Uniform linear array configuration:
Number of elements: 32
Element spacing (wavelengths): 0.5
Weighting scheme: hamming
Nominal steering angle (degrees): -30
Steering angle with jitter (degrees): -31.686
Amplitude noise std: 0.05
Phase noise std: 0.05

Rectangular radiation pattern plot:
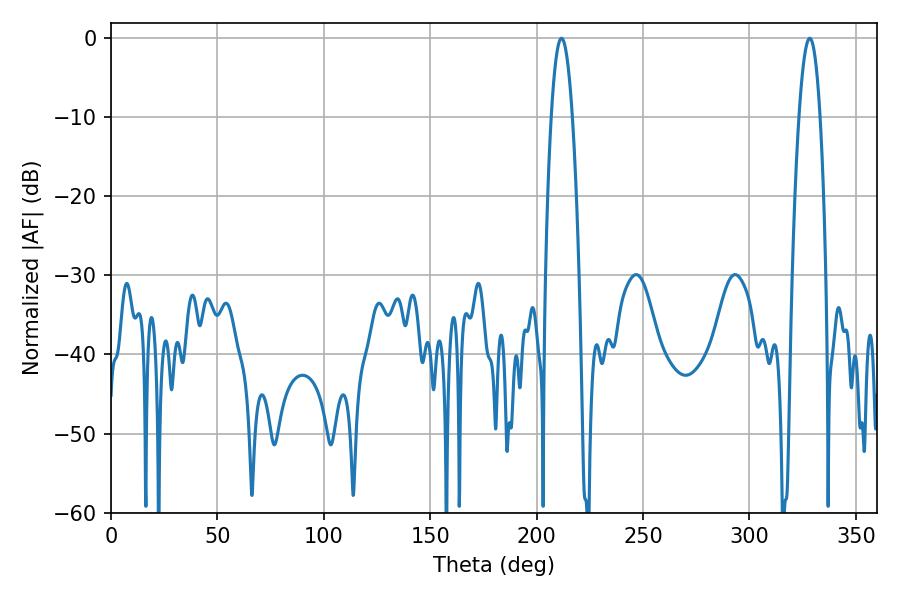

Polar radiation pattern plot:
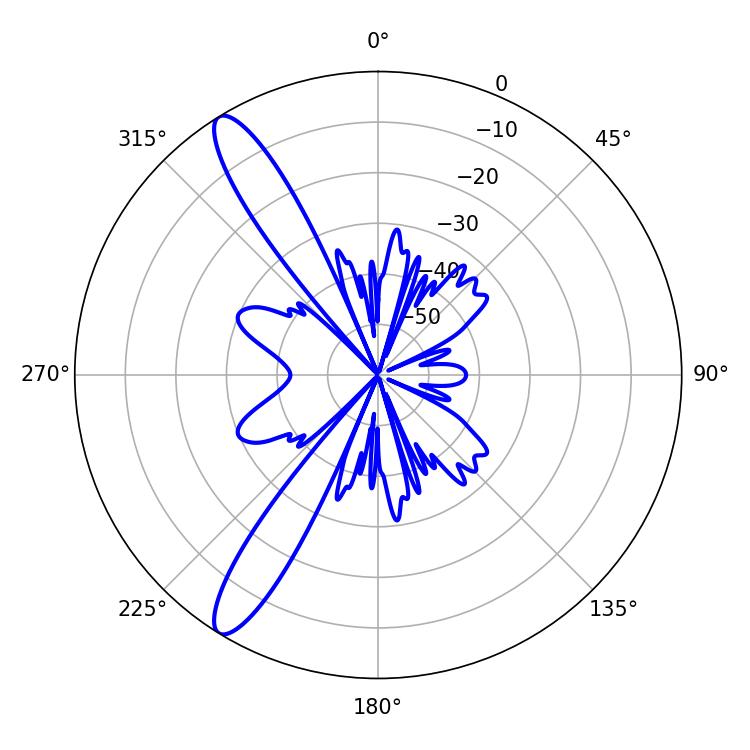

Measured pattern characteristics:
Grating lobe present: FALSE
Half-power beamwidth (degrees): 5.4
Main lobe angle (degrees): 211.68